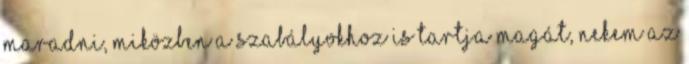
maradni, miközben a szabályokhoz is tartja magát, nekem az